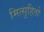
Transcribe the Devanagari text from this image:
मित्सुहितो